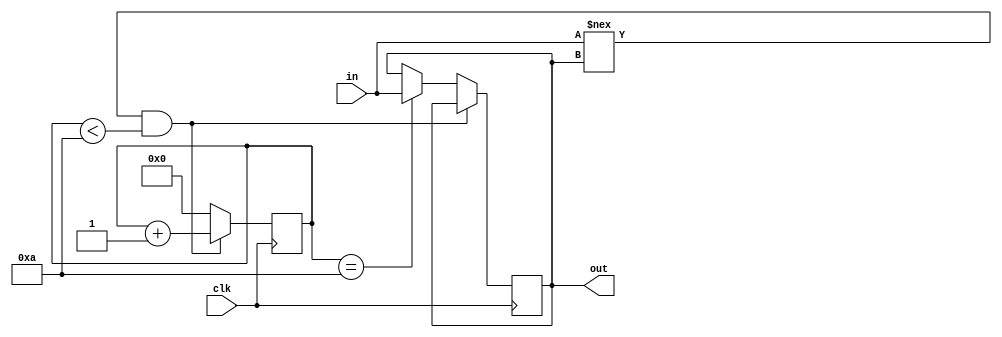
`timescale 1ns / 1ps
//////////////////////////////////////////////////////////////////////////////////
// Company: 
// Engineer: 
// 
// Design Name: 
// Module Name:    debounce 
// Project Name: 
// Target Devices: 
// Tool versions: 
// Description: 
//
// Dependencies: 
//
// Revision: 
// Revision 0.01 - File Created
// Additional Comments: 
//
//////////////////////////////////////////////////////////////////////////////////
module debounce(
    input clk,
    input in,
    output out
    );

	parameter DEBOUNCE_CYCLES = 10; // how many clk cycles to verify the input
	reg [3:0] count = 0;
	reg state = 0;

	always @(posedge clk)
	begin
		if (in !== state && count < DEBOUNCE_CYCLES)
			count <= count + 1;
		else if (count == DEBOUNCE_CYCLES)
		begin
			state <= in;
			count <= 0;
		end
		else
			count <= 0;
	end
	
	assign out = state;

endmodule